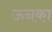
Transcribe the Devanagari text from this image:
ऊनका